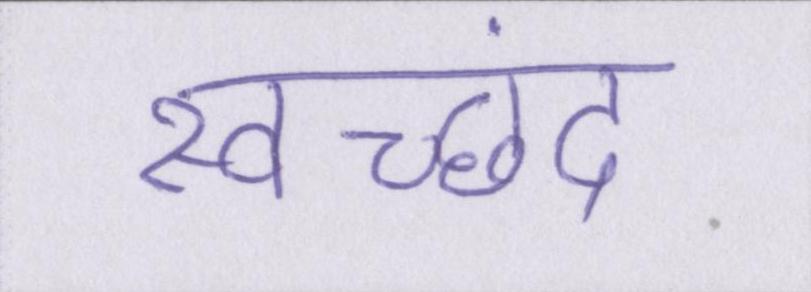
स्वच्छंद